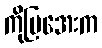
ကိုမြအေးက